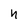
Character: n